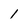
Character: l